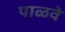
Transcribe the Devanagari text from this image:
पाळवे